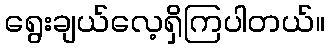
ရွေးချယ်လေ့ရှိကြပါတယ်။